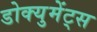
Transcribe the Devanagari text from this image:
डोक्युमेंट्स